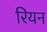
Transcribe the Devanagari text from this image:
रियन